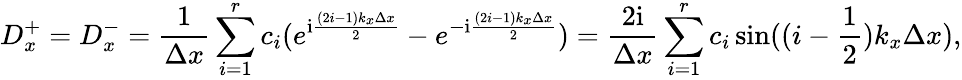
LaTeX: D_{x}^{+}=D_{x}^{-}=\frac{1}{\Delta x}\sum_{i=1}^{r}c_{i}(e^{\mathrm{i}\frac{(2i-1)k_{x}\Delta x}{2}}-e^{-\mathrm{i}\frac{(2i-1)k_{x}\Delta x}{2}})=\frac{2\mathrm{i}}{\Delta x}\sum_{i=1}^{r}c_{i}\sin((i-\frac{1}{2})k_{x}\Delta x),